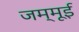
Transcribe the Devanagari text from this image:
जम्मूई